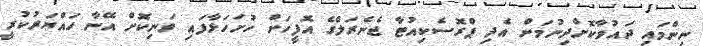
ނިންމައި ދައުވާކޮށްދިނުމަށް އެދި ޕްރޮސެކިއުޓާ ޖެނެރަލްގެ އޮފީހަށް ހުށަހަޅާފައި ވަނިކޮށް އޭނާ ހައްޔަރުކުރީ